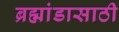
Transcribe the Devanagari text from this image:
ब्रह्मांडासाठी